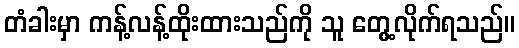
တံခါးမှာ ကန့်လန့်ထိုးထားသည်ကို သူ တွေ့လိုက်ရသည်။